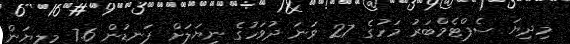
މިދިޔަ ސެޕްޓެމްބަރު މަހުގެ 27 ވަނަ ދުވަހުގެ ނިޔަލަށް ފަނޑުން 7.6 މިލިޔަން